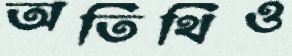
অতিথিও